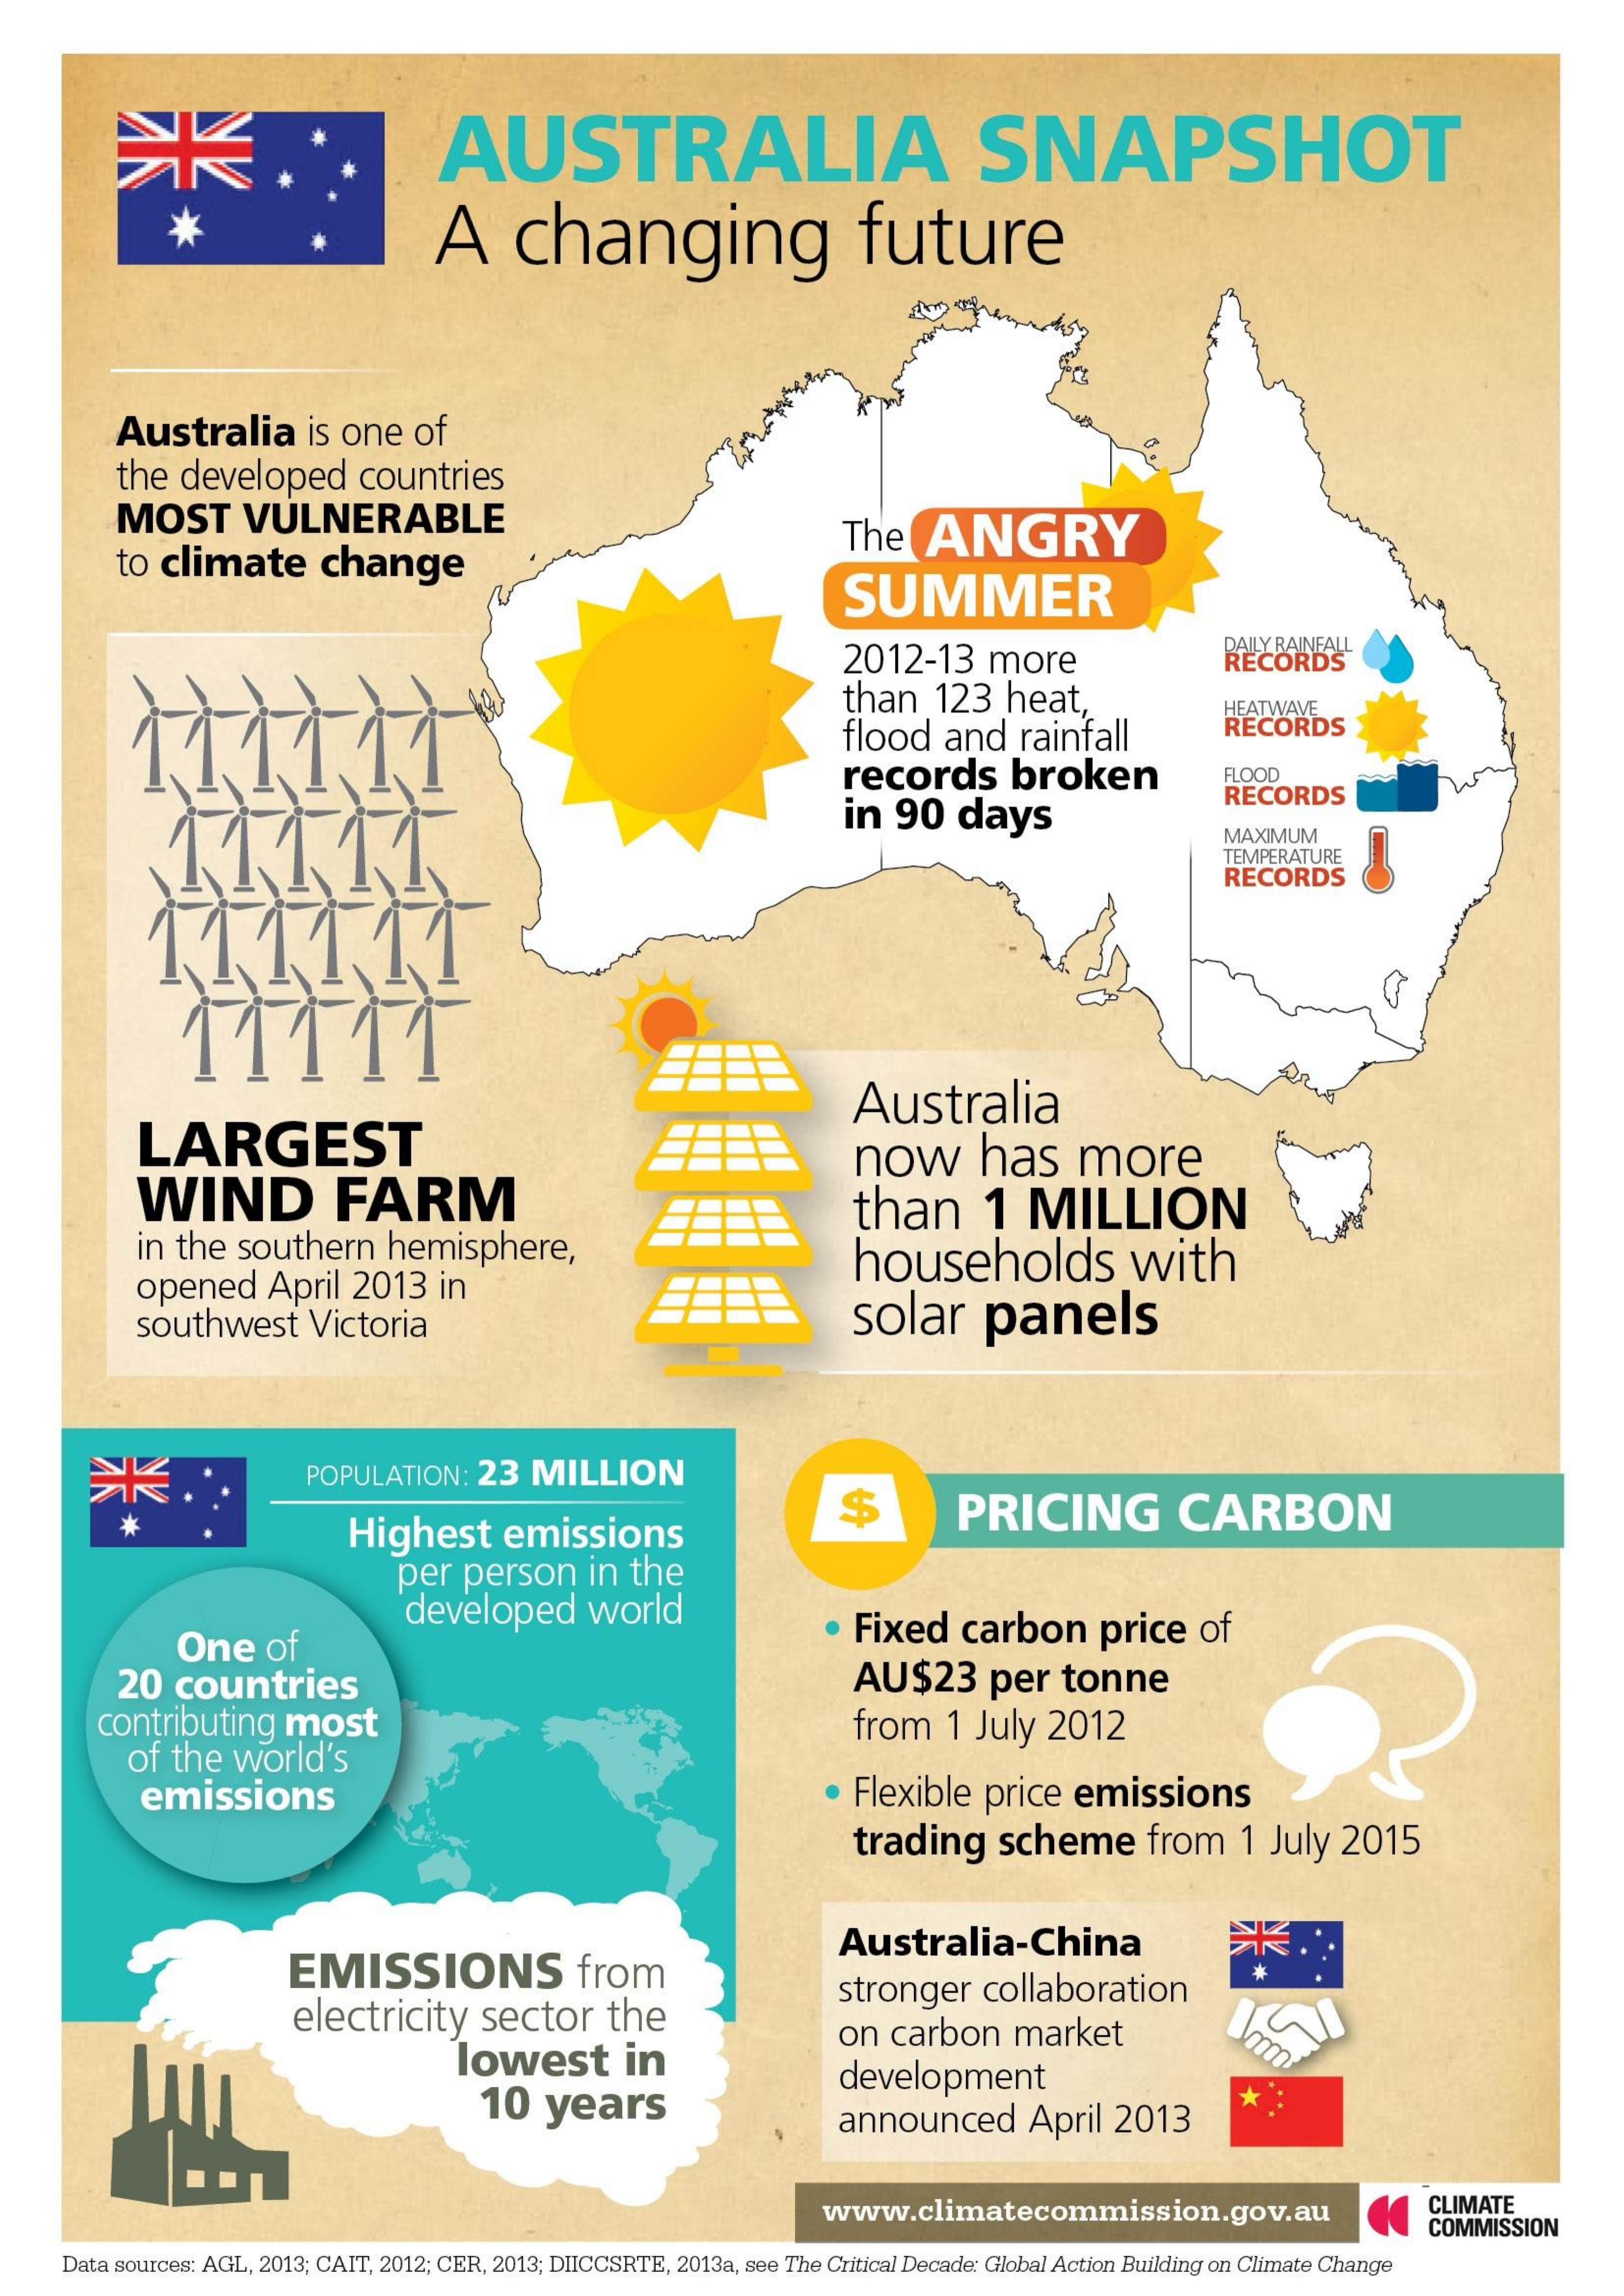
AUSTRALIA    SNAPSHOT
     *    A    changing    future
     Australia    is one    of
     the  developed    countries
     MOST    VULNERABLE
     to climate    change
     The    ANGRY
     SUMMER
     2012-13    more
     DAILY RAINFALL
     RECORDS
     than   123   heat,
     flood   and    rainfall
     HEATWAVE
     RECORDS
     records    broken    FLOOD
     in  90   days
     RECORDS
     MAXIMUM
     TEMPERATURE
     RECORDS
     LARGEST
     Australia
     WIND    FARM
     now    has    more
     than    1   MILLION
     in the  southern    hemisphere,
     opened    April   2013   in
     households    with
     southwest    Victoria    solar    panels
     POPULATION:   23  MILLION
     Highest    emissions
     $    PRICING    CARBON
     per   person    in  the
     One    of
     developed    world    Fixed    carbon    price    of
     20  countries    AU$23    per   tonne
     contributing    most
     of the  world's
     from   1 July   2012
     emissions    Flexible   price  emissions
     trading    scheme    from    1 July   2015
     EMISSIONS    from
     Australia-China
     electricity    sector    the
     stronger    collaboration
     lowest    in
     on  carbon    market
     10   years
     development
     announced    April   2013
     *  :
     www.climatecommission.gov.au    CLIMATE
     COMMISSION
     Data sources: AGL, 2013; CAIT, 2012; CER, 2013; DIICCSRTE, 2013a, see The Critical Decade: Global Action Building on Climate Change